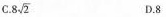
C.8 \sqrt{2} D.8